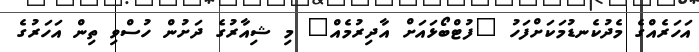
އަހަރެއްގެ މެދުކެނޑުމަކަށްފަހު "ފުޓްބޯޅައަށް އާދިރުމެއް" މި ޝިއާރުގެ ދަށުން ހުސްވި ތިން އަހަރުގެ